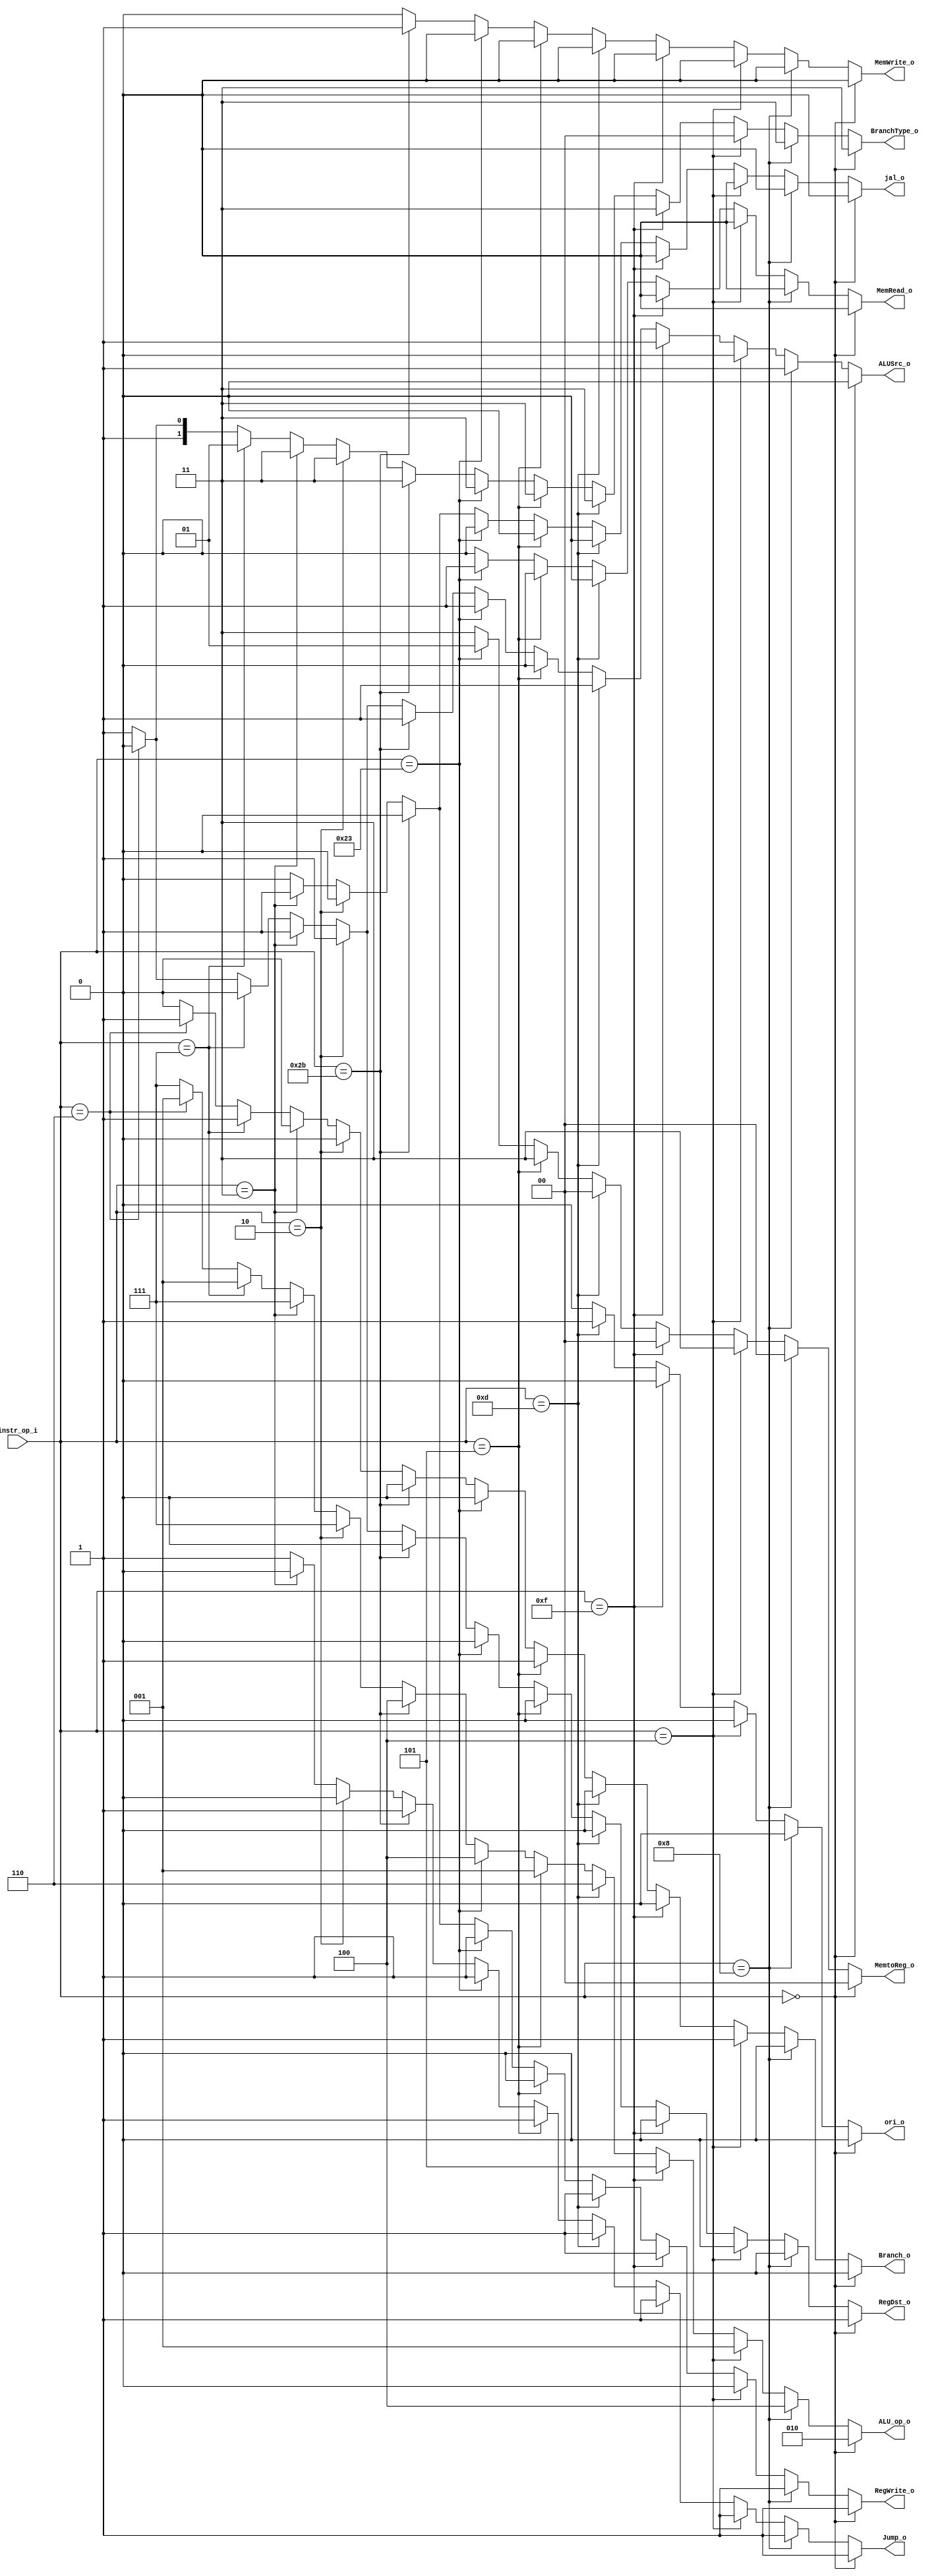
//Writer:      0416021 0416246

module Decoder(
    instr_op_i,
	RegWrite_o,
	ALU_op_o,
	ALUSrc_o,
	RegDst_o,
	Branch_o,
	ori_o,
	BranchType_o,
	Jump_o,
	MemRead_o,
	MemWrite_o,
	MemtoReg_o,
	jal_o
	);
     
//I/O ports
input  [6-1:0] instr_op_i;

output         RegWrite_o;
output [3-1:0] ALU_op_o;
output         ALUSrc_o;
output         RegDst_o;
output         Branch_o;
output			ori_o;
output [2-1:0] BranchType_o;
output			Jump_o;
output			MemRead_o;
output			MemWrite_o;
output [2-1:0] MemtoReg_o;
output			jal_o;
 
//Internal Signals
reg    [3-1:0] ALU_op_o;
reg            ALUSrc_o;
reg            RegWrite_o;
reg            RegDst_o;
reg            Branch_o;
reg				ori_o;
reg	 [2-1:0] BranchType_o;
reg				Jump_o;
reg				MemRead_o;
reg				MemWrite_o;
reg	 [2-1:0] MemtoReg_o;
reg				jal_o;

//Parameter


//Main function
always@(*)
begin
	if(instr_op_i == 6'b000000) // r-type
	begin
		RegDst_o = 1'b1;
		ALUSrc_o = 1'b0;
		RegWrite_o = 1'b1;
		Branch_o = 1'b0;
		ALU_op_o = 3'b010;
		ori_o = 1'b0;
		BranchType_o = 2'b11;
		Jump_o = 1'b1;
		MemRead_o = 1'b0;
		MemWrite_o = 1'b0;
		MemtoReg_o = 2'b00;
		jal_o = 1'b0;
	end
	else if(instr_op_i == 6'b001000) //i-type
	begin
		RegDst_o = 1'b0;
		ALUSrc_o = 1'b1;
		RegWrite_o = 1'b1;
		Branch_o = 1'b0;
		ALU_op_o = 3'b100;
		ori_o = 1'b0;
		BranchType_o = 2'b11;
		Jump_o = 1'b1;
		MemRead_o = 1'b0;
		MemWrite_o = 1'b0;
		MemtoReg_o = 2'b00;
		jal_o = 1'b0;
	end
	else if(instr_op_i == 6'b000100) //beq
	begin
		RegDst_o = 1'b0;
		ALUSrc_o = 1'b0;
		RegWrite_o = 1'b0;
		Branch_o = 1'b1;
		ALU_op_o = 3'b001;
		ori_o = 1'b0;
		BranchType_o = 2'b00;
		Jump_o = 1'b1;
		MemRead_o = 1'b0;
		MemWrite_o = 1'b0;
		MemtoReg_o = 2'b11;
		jal_o = 1'b0;
	end
	else if(instr_op_i == 6'b001111) //li
	begin
		RegDst_o = 1'b0;
		ALUSrc_o = 1'b1;
		RegWrite_o = 1'b1;
		Branch_o = 1'b0;
		ALU_op_o = 3'b101;
		ori_o = 1'b0;
		BranchType_o = 2'b11;
		Jump_o = 1'b1;
		MemRead_o = 1'b0;
		MemWrite_o = 1'b0;
		MemtoReg_o = 2'b00;
		jal_o = 1'b0;
	end
	else if(instr_op_i == 6'b001101) //ori
	begin
		RegDst_o = 1'b0;
		ALUSrc_o = 1'b1;
		RegWrite_o = 1'b1;
		Branch_o = 1'b0;
		ALU_op_o = 3'b110;
		ori_o = 1'b1;
		BranchType_o = 2'b11;
		Jump_o = 1'b1;
		MemRead_o = 1'b0;
		MemWrite_o = 1'b0;
		MemtoReg_o = 2'b00;
		jal_o = 1'b0;
	end
	else if(instr_op_i == 6'b000101) //bne
	begin
		RegDst_o = 1'b0;
		ALUSrc_o = 1'b0;
		RegWrite_o = 1'b0;
		Branch_o = 1'b1;
		ALU_op_o = 3'b001;
		ori_o = 1'b0;
		BranchType_o = 2'b11;
		Jump_o = 1'b1;
		MemRead_o = 1'b0;
		MemWrite_o = 1'b0;
		MemtoReg_o = 2'b11;
		jal_o = 1'b0;
	end
	else if(instr_op_i == 6'b100011) //lw
	begin
		RegDst_o = 1'b0;
		ALUSrc_o = 1'b1;
		RegWrite_o = 1'b1;
		Branch_o = 1'b0;
		ALU_op_o = 3'b100;
		ori_o = 1'b0;
		BranchType_o = 2'b11;
		Jump_o = 1'b1;
		MemRead_o = 1'b1;
		MemWrite_o = 1'b0;
		MemtoReg_o = 2'b01;
		jal_o = 1'b0;
	end
	else if(instr_op_i == 6'b101011) //sw
	begin
		RegDst_o = 1'b0;
		ALUSrc_o = 1'b1;
		RegWrite_o = 1'b0;
		Branch_o = 1'b0;
		ALU_op_o = 3'b100;
		ori_o = 1'b0;
		BranchType_o = 2'b11;
		Jump_o = 1'b1;
		MemRead_o = 1'b0;
		MemWrite_o = 1'b1;
		MemtoReg_o = 2'b11;
		jal_o = 1'b0;
	end
	else if(instr_op_i == 6'b000010) //jump
	begin
		RegDst_o = 1'b1;
		ALUSrc_o = 1'b1;
		RegWrite_o = 1'b0;
		Branch_o = 1'b0;
		ALU_op_o = 3'b111;
		ori_o = 1'b0;
		BranchType_o = 2'b11;
		Jump_o = 1'b0;
		MemRead_o = 1'b0;
		MemWrite_o = 1'b0;
		MemtoReg_o = 2'b11;
		jal_o = 1'b0;
	end
	else if(instr_op_i == 6'b000011) //jal
	begin
		RegDst_o = 1'b1;
		ALUSrc_o = 1'b1;
		RegWrite_o = 1'b1;
		Branch_o = 1'b0;
		ALU_op_o = 3'b111;
		ori_o = 1'b0;
		BranchType_o = 2'b11;
		Jump_o = 1'b0;
		MemRead_o = 1'b0;
		MemWrite_o = 1'b0;
		MemtoReg_o = 2'b11;
		jal_o = 1'b1;
	end
	else if(instr_op_i == 6'b000111) //ble
	begin
		RegDst_o = 1'b0;
		ALUSrc_o = 1'b0;
		RegWrite_o = 1'b0;
		Branch_o = 1'b1;
		ALU_op_o = 3'b001;
		ori_o = 1'b0;
		BranchType_o = 2'b01;
		Jump_o = 1'b1;
		MemRead_o = 1'b0;
		MemWrite_o = 1'b0;
		MemtoReg_o = 2'b11;
		jal_o = 1'b0;
	end
	else if(instr_op_i == 6'b000110) //blt
	begin
		RegDst_o = 1'b0;
		ALUSrc_o = 1'b0;
		RegWrite_o = 1'b0;
		Branch_o = 1'b1;
		ALU_op_o = 3'b001;
		ori_o = 1'b0;
		BranchType_o = 2'b10;
		Jump_o = 1'b1;
		MemRead_o = 1'b0;
		MemWrite_o = 1'b0;
		MemtoReg_o = 2'b11;
		jal_o = 1'b0;
	end
	else
	begin
		RegDst_o = 1'b1;
		ALUSrc_o = 1'b1;
		RegWrite_o = 1'b0;
		Branch_o = 1'b0;
		ALU_op_o = 3'b111;
		ori_o = 1'b0;
		BranchType_o = 2'b11;
		Jump_o = 1'b1;
		MemRead_o = 1'b0;
		MemWrite_o = 1'b0;
		MemtoReg_o = 2'b11;
		jal_o = 1'b0;
	end
end


endmodule